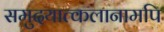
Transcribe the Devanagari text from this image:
समुदयात्कलानामपि